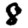
Digit: 8